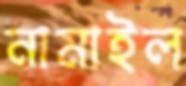
নামাইল